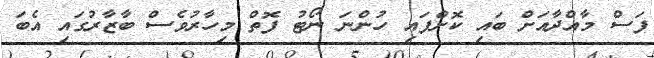
ފަސް މާއްދާއަށް ބައި ކޮށްފައި ހުންނަ ނޯޓު ފޮތް މިހާރުވެސް ބާޒާރުގައި އެބަ